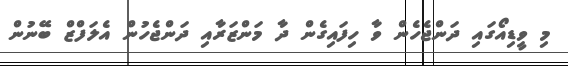
މި ވީޑިއޯގައި ދަންޖެހެން ވާ ހިފައިގެން ދާ މަންޒަރާއި ދަންޖެހުން އެލަފްޒް ބޭނުން